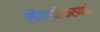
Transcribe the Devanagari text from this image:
सौंदर्यीकरणाचे